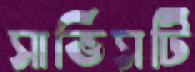
সার্ভিসটি